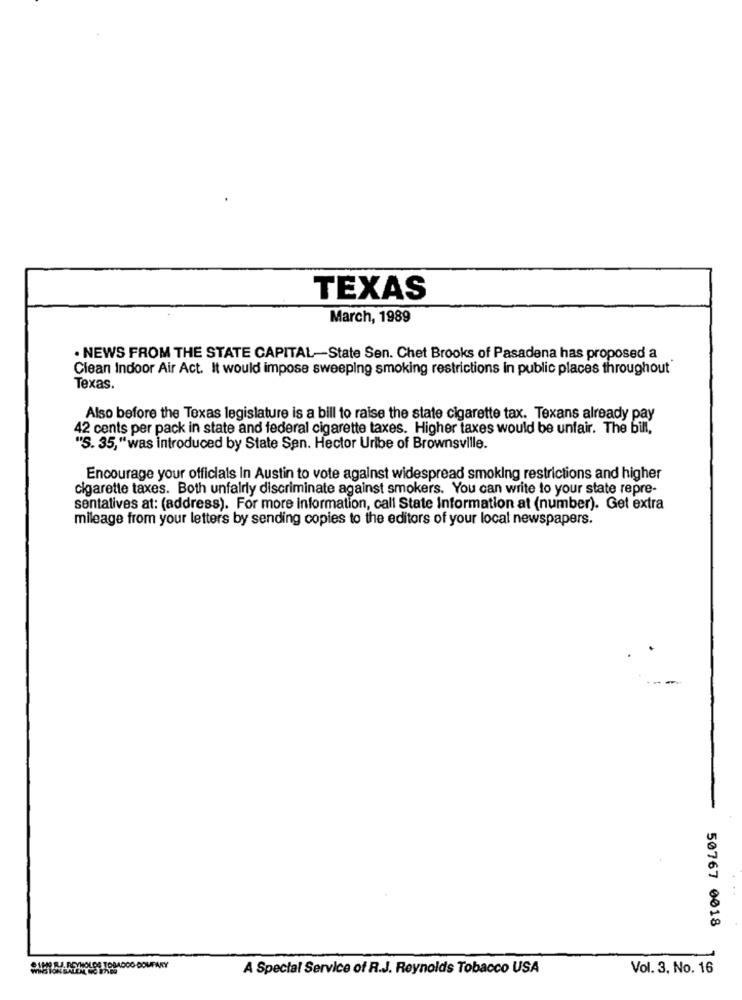
TEXAS
March, 1989
· NEWS FROM THE STATE CAPITAL-State Sen. Chet Brooks of Pasadena has proposed a
Clean Indoor Air Act. It would impose sweeping smoking restrictions in public places throughout
Texas.
Also before the Texas legislature is a bill to raise the state cigarette tax. Texans already pay
42 cents per pack in state and federal cigarette taxes. Higher taxes would be unfair. The bill,
"S. 35,"was introduced by State Sen. Hector Uribe of Brownsville.
Encourage your officials In Austin to vote against widespread smoking restrictions and higher
cigarette taxes. Both unfairly discriminate against smokers. You can write to your state repre-
sentatives at: (address). For more information, call State Information at (number). Get extra
mileage from your letters by sending copies to the editors of your local newspapers.
50767 0018
SIEHT. REYNOLDS TOBADOO DOUFARY
A Special Service of R.J. Reynolds Tobacco USA
Vol. 3. No. 16